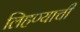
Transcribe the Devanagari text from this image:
लिहण्याची